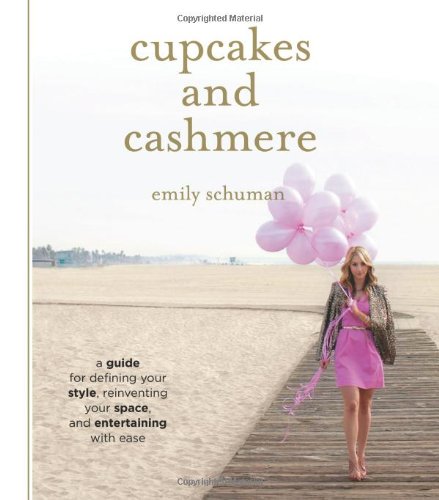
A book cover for Cupcakes and Cashmere: A Guide for Defining Your Style, Reinventing Your Space, and Entertaining with Ease; Emily Schuman; Cookbooks, Food & Wine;